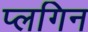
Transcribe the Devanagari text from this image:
प्लगिन